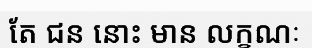
តែ ជន នោះ មាន លក្ខណៈ